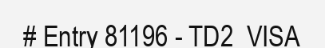
# Entry 81196 - TD2_VISA